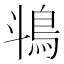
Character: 𬷄